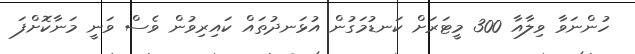
ހުންނަވާ ވިލާއާ 300 މީޓަރަށް ކަނޑުމަގުން އުޅަނދުތައް ކައިރިވުން ވެސް ވަނީ މަނާކޮށްފަ